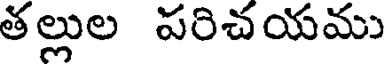
తల్లుల పరిచయము